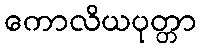
ကောလိယပုတ္တာ